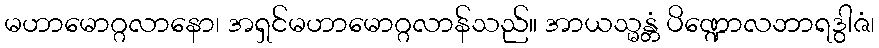
မဟာမောဂ္ဂလာနော၊ အရှင်မဟာမောဂ္ဂလာန်သည်။ အာယသ္မန္တံ ပိဏ္ဍောလဘာရဒွါဇံ၊